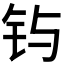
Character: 𲇮